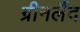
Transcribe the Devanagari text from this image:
ग्रीनलैंद